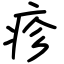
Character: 疹